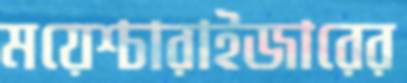
ময়েশ্চারাইজারের